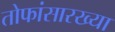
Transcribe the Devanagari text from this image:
तोफांसारख्या